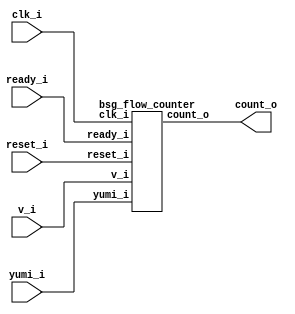
// This program was cloned from: https://github.com/chipsalliance/synlig
// License: Apache License 2.0



module top
(
  clk_i,
  reset_i,
  v_i,
  ready_i,
  yumi_i,
  count_o
);

  output [6:0] count_o;
  input clk_i;
  input reset_i;
  input v_i;
  input ready_i;
  input yumi_i;

  bsg_flow_counter
  wrapper
  (
    .count_o(count_o),
    .clk_i(clk_i),
    .reset_i(reset_i),
    .v_i(v_i),
    .ready_i(ready_i),
    .yumi_i(yumi_i)
  );


endmodule



module bsg_counter_up_down_max_val_p64_init_val_p0_max_step_p1
(
  clk_i,
  reset_i,
  up_i,
  down_i,
  count_o
);

  input [0:0] up_i;
  input [0:0] down_i;
  output [6:0] count_o;
  input clk_i;
  input reset_i;
  wire [6:0] count_o;
  wire N0,N1,N2,N3,N4,N5,N6,N7,N8,N9,N10,N11,N12,N13,N14;
  reg count_o_6_sv2v_reg,count_o_5_sv2v_reg,count_o_4_sv2v_reg,count_o_3_sv2v_reg,
  count_o_2_sv2v_reg,count_o_1_sv2v_reg,count_o_0_sv2v_reg;
  assign count_o[6] = count_o_6_sv2v_reg;
  assign count_o[5] = count_o_5_sv2v_reg;
  assign count_o[4] = count_o_4_sv2v_reg;
  assign count_o[3] = count_o_3_sv2v_reg;
  assign count_o[2] = count_o_2_sv2v_reg;
  assign count_o[1] = count_o_1_sv2v_reg;
  assign count_o[0] = count_o_0_sv2v_reg;
  assign { N7, N6, N5, N4, N3, N2, N1 } = count_o - down_i[0];
  assign { N14, N13, N12, N11, N10, N9, N8 } = { N7, N6, N5, N4, N3, N2, N1 } + up_i[0];
  assign N0 = ~reset_i;

  always @(posedge clk_i) begin
    if(reset_i) begin
      count_o_6_sv2v_reg <= 1'b0;
      count_o_5_sv2v_reg <= 1'b0;
      count_o_4_sv2v_reg <= 1'b0;
      count_o_3_sv2v_reg <= 1'b0;
      count_o_2_sv2v_reg <= 1'b0;
      count_o_1_sv2v_reg <= 1'b0;
      count_o_0_sv2v_reg <= 1'b0;
    end else if(1'b1) begin
      count_o_6_sv2v_reg <= N14;
      count_o_5_sv2v_reg <= N13;
      count_o_4_sv2v_reg <= N12;
      count_o_3_sv2v_reg <= N11;
      count_o_2_sv2v_reg <= N10;
      count_o_1_sv2v_reg <= N9;
      count_o_0_sv2v_reg <= N8;
    end 
  end


endmodule



module bsg_flow_counter
(
  clk_i,
  reset_i,
  v_i,
  ready_i,
  yumi_i,
  count_o
);

  output [6:0] count_o;
  input clk_i;
  input reset_i;
  input v_i;
  input ready_i;
  input yumi_i;
  wire [6:0] count_o;
  wire enque;

  bsg_counter_up_down_max_val_p64_init_val_p0_max_step_p1
  \gen_blk_0.counter 
  (
    .clk_i(clk_i),
    .reset_i(reset_i),
    .up_i(enque),
    .down_i(yumi_i),
    .count_o(count_o)
  );

  assign enque = v_i & ready_i;

endmodule